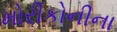
મોરીકોનીના